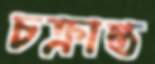
চক্রান্ত